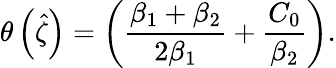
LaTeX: \theta\left(\hat{\zeta}\right)=\left(\frac{\beta_{1}+\beta_{2}}{2\beta_{1}}+\frac{C_{0}}{\beta_{2}}\right).